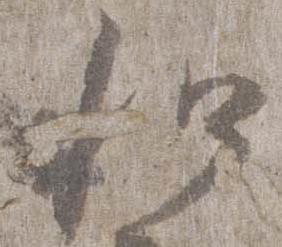
和